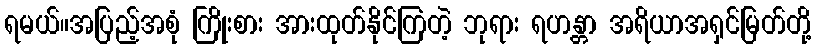
ရမယ်။အပြည့်အစုံ ကြိုးစား အားထုတ်နိုင်ကြတဲ့ ဘုရား ရဟန္တာ အရိယာအရှင်မြတ်တို့